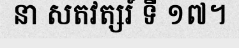
នា សតវត្សរ៍ ទី ១៧។